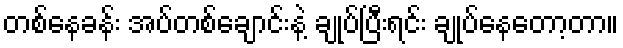
တစ်နေခန်း အပ်တစ်ချောင်းနဲ့ ချုပ်ပြီးရင်း ချုပ်နေတော့တာ။